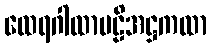
ထေရဂါထာပဠိအဋ္ဌကထာ